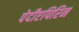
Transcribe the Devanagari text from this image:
पेदीएपिरिन